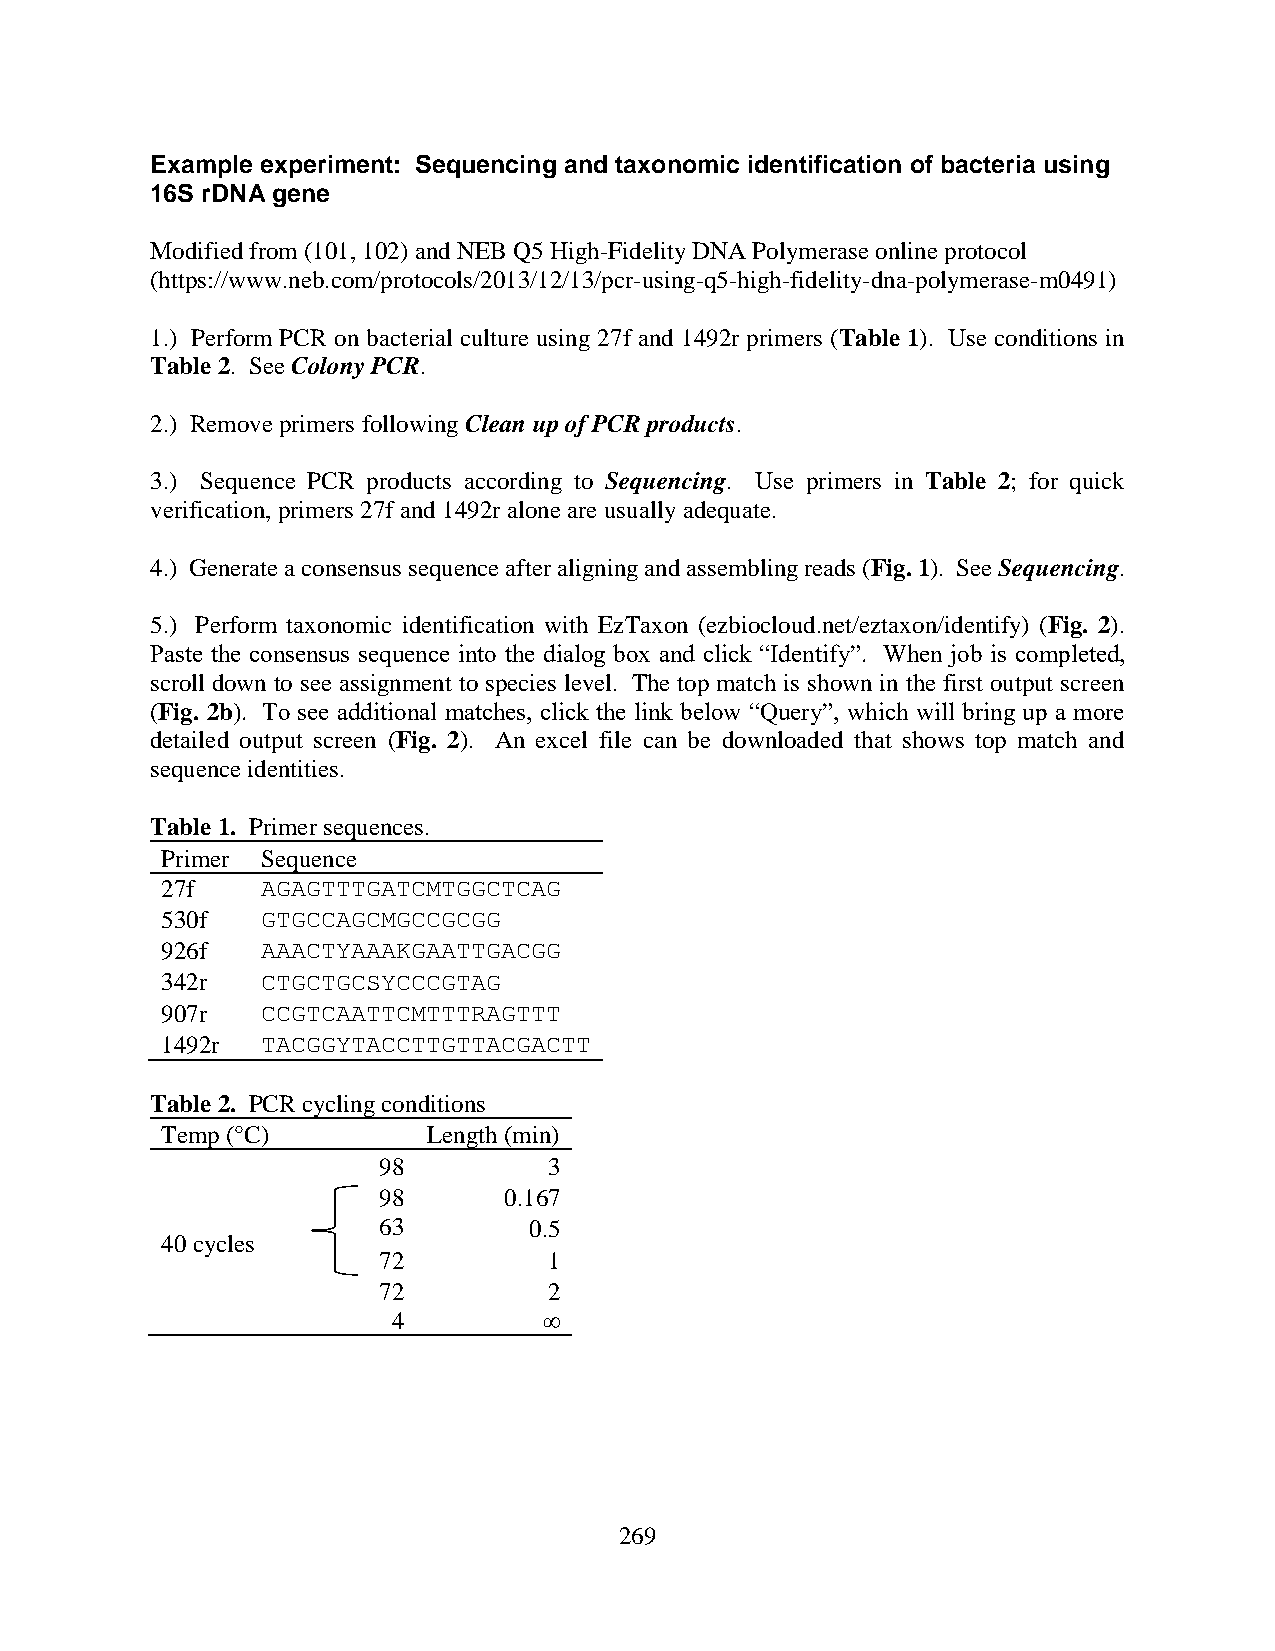
Example experiment: Sequencing and taxonomic identification of bacteria using
 16S rDNA gene
 Modified from (101, 102) and NEB Q5 High-Fidelity DNA Polymerase online protocol
 (https://www.neb.com/protocols/2013/12/13/pcr-using-q5-high-fidelity-dna-polymerase-m0491)
 1.) Perform PCR on bacterial culture using 27f and 1492r primers (Table 1). Use conditions in
 Table 2. See Colony PCR.
 2.) Remove primers following Clean up of PCR products.
 3.) Sequence PCR products according to Sequencing. Use primers in Table 2; for quick
 verification, primers 27f and 1492r alone are usually adequate.
 4.) Generate a consensus sequence after aligning and assembling reads (Fig. 1). See Sequencing.
 5.) Perform taxonomic identification with EzTaxon (ezbiocloud.net/eztaxon/identify) (Fig. 2).
 Paste the consensus sequence into the dialog box and click “Identify”. When job is completed,
 scroll down to see assignment to species level. The top match is shown in the first output screen
 (Fig. 2b). To see additional matches, click the link below “Query”, which will bring up a more
 detailed output screen (Fig. 2). An excel file can be downloaded that shows top match and
 sequence identities.
 Table 1. Primer sequences.
 Primer Sequence
 27f   AGAGTTTGATCMTGGCTCAG
 530f  GTGCCAGCMGCCGCGG
 926f  AAACTYAAAKGAATTGACGG
 342r  CTGCTGCSYCCCGTAG
 907r  CCGTCAATTCMTTTRAGTTT
 1492r TACGGYTACCTTGTTACGACTT
 Table 2. PCR cycling conditions
 Temp (°C)        Length (min)
 98         3
 98      0.167
 63        0.5
 40 cycles
 72         1
 72         2
 4         ∞
 269